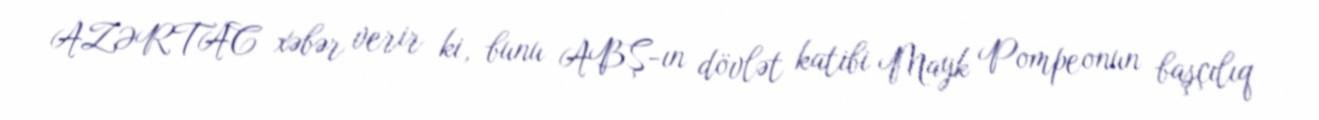
AZƏRTAC xəbər verir ki, bunu ABŞ-ın dövlət katibi Mayk Pompeonun başçılıq